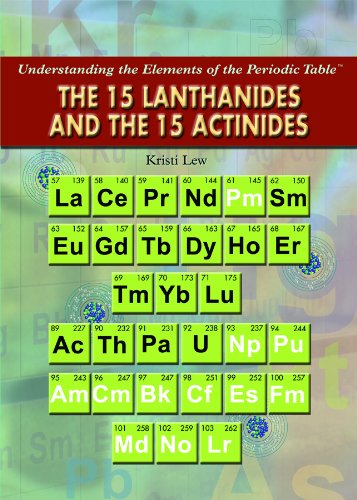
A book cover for The 15 Lanthanides and the 15 Actinides (Understanding the Elements of the Periodic Table); Kristi Lew; Children's Books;